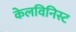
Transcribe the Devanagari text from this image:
केलविनिस्ट